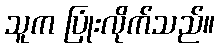
သူက ပြုံးလိုက်သည်။